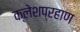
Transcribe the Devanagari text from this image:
क्लेशप्रहाण